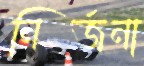
নির্জনা